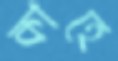
কাহে